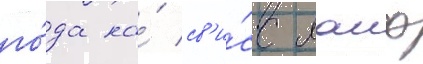
го́да на́ св'и́сс лаиф